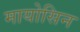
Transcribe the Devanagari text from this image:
मायोसिन